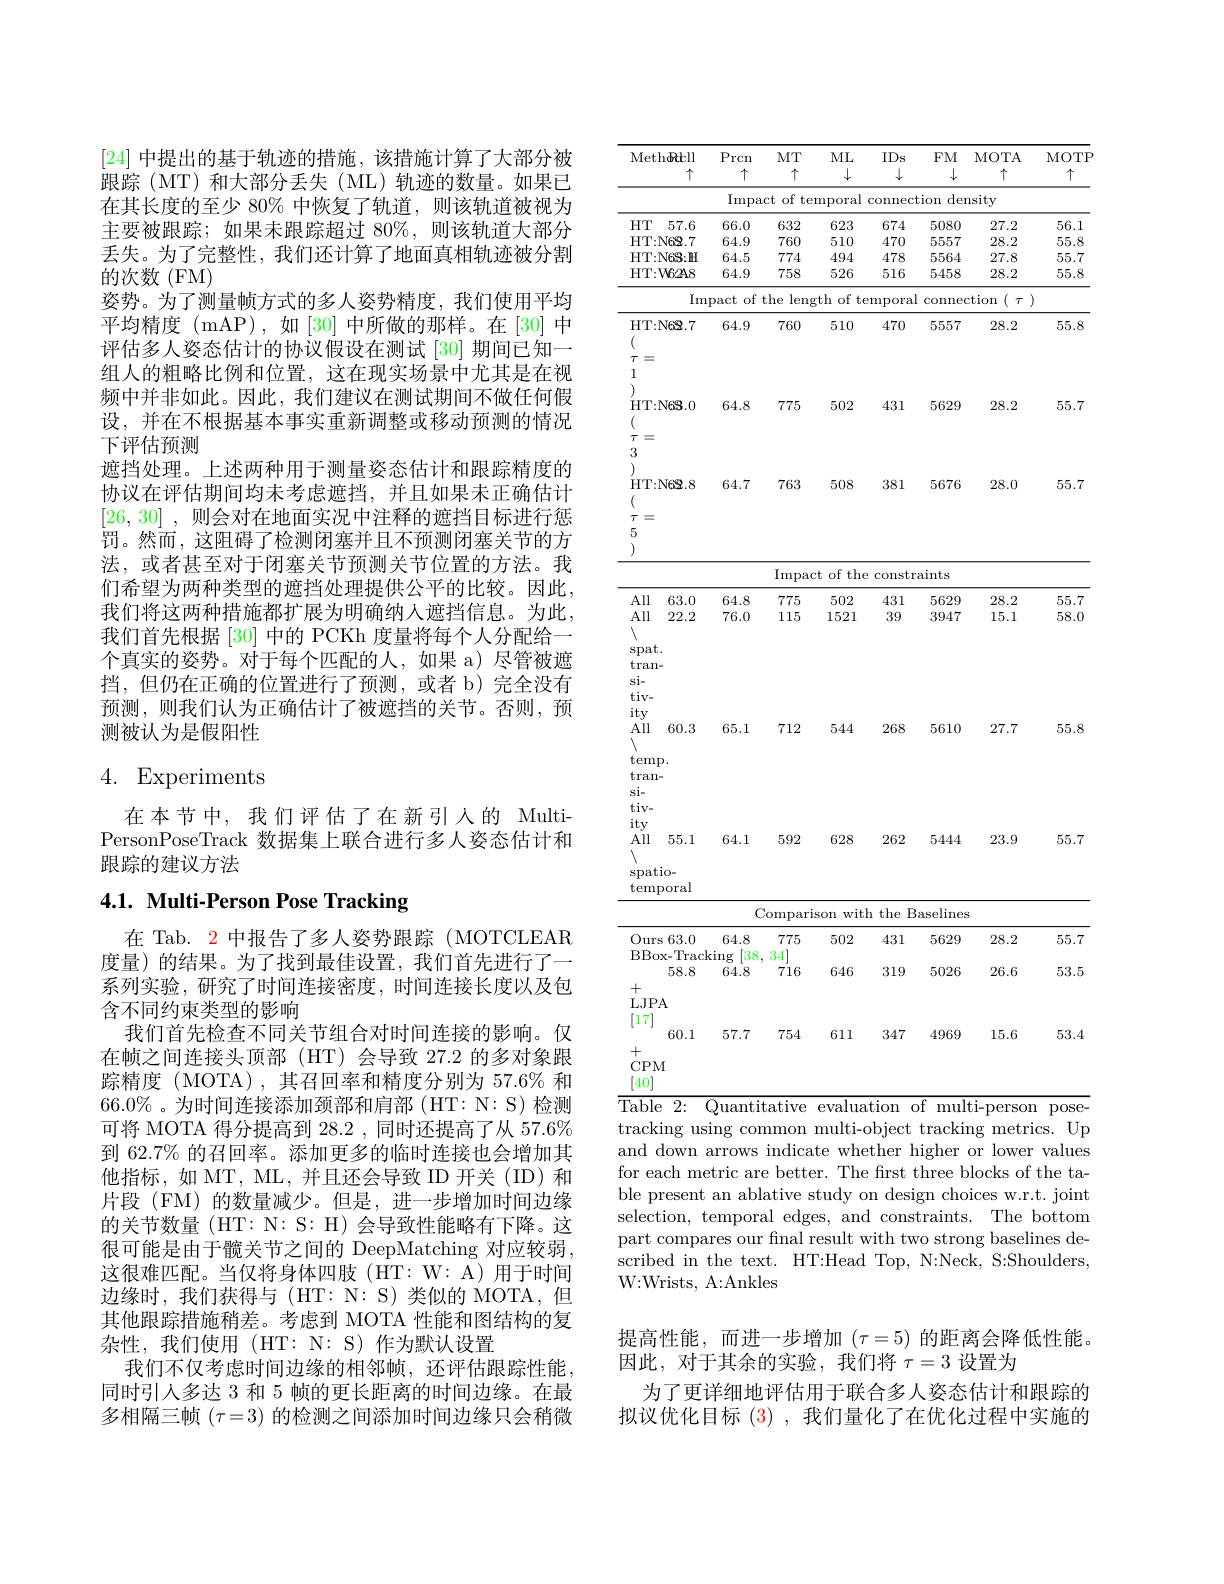
[24]中提出的基于轨迹的措施，该措施计算了大部分被跟踪(MT)和大部分丢失(ML)轨迹的数量。如果已在其长度的至少 80% 中恢复了轨道，则该轨道被视为主要被跟踪；如果未跟踪超过 80%,则该轨道大部分丢失。为了完整性，我们还计算了地面真相轨迹被分割的次数(FM)
姿势。为了测量帧方式的多人姿势精度，我们使用平均平均精度 (mAP),如[30] 中所做的那样。在[30] 中评估多人姿态估计的协议假设在测试 [30] 期间已知一组人的粗略比例和位置，这在现实场景中尤其是在视频中并非如此。因此，我们建议在测试期间不做任何假设，并在不根据基本事实重新调整或移动预测的情况下评估预测
遮挡处理。上述两种用于测量姿态估计和跟踪精度的协议在评估期间均未考虑遮挡，并且如果未正确估计[26,30] , 则会对在地面实况中注释的遮挡目标进行惩罚。然而，这阻碍了检测闭塞并且不预测闭塞关节的方法，或者甚至对于闭塞关节预测关节位置的方法。我们希望为两种类型的遮挡处理提供公平的比较。因此， 我们将这两种措施都扩展为明确纳人遮挡信息。为此， 我们首先根据[30] 中的 PCKh 度量将每个人分配给一个真实的姿势。对于每个匹配的人，如果 a) 尽管被遮挡，但仍在正确的位置进行了预测，或者 b) 完全没有预测，则我们认为正确估计了被遮挡的关节。否则，预测被认为是假阳性

# 4. Experiments

在本节中，我们评估了在新引人的 MultiPersonPoseTrack 数据集上联合进行多人姿态估计和跟踪的建议方法

# 4.1. Multi-Person Pose Tracking

在 Tab. 2 中报告了多人姿势跟踪 (MOTCLEAR 度量)的结果。为了找到最佳设置，我们首先进行了一系列实验，研究了时间连接密度，时间连接长度以及包含不同约束类型的影响
我们首先检查不同关节组合对时间连接的影响。仅在帧之间连接头顶部(HT)会导致 27.2 的多对象跟踪精度(MOTA),其召回率和精度分别为 57.6% 和$66.0\%$。为时间连接添加颈部和肩部(HT: N: S)检测可将 MOTA 得分提高到 28.2 , 同时还提高了从 57.6% 到 62.7% 的召回率。添加更多的临时连接也会增加其他指标，如 MT, ML, 并且还会导致 ID 开关 (ID) 和片段 (FM) 的数量减少。但是，进一步增加时间边缘的关节数量(HT: N: S: H) 会导致性能略有下降。这很可能是由于髋关节之间的 DeepMatching 对应较弱， 这很难匹配。当仅将身体四肢(HT:W:A)用于时间边缘时，我们获得与(HT:N:S)类似的MOTA，但其他跟踪措施稍差。考虑到 MOTA 性能和图结构的复杂性，我们使用(HT:N:S)作为默认设置
我们不仅考虑时间边缘的相邻帧，还评估跟踪性能同时引人多达 3 和 5 帧的更长距离的时间边缘。在最多相隔三帧$(\tau=3)$的检测之间添加时间边缘只会稍微

<table>
	<tbody>
		<tr>
			<th>Meth</th>
			<th>$h\boldsymbol{Rtll}$ $\uparrow$</th>
			<th>$\Pr$rcn $\uparrow$</th>
			<th>$MT$ $\uparrow$</th>
			<th>$ML$ $\downarrow$</th>
			<th>IDs $\downarrow$</th>
			<th>$FM$ $\downarrow$</th>
			<th>MOTA 十</th>
			<th>MOTP $\uparrow$</th>
		</tr>
		<tr>
			<td> </td>
			<td> </td>
			<td>$\operatorname{Impac}$</td>
			<td>of te $f$</td>
			<td>nporal</td>
			<td>connec</td>
			<td>ion der</td>
			<td>$\texttt{sity}$</td>
			<td> </td>
		</tr>
		<tr>
			<td>$HT$</td>
			<td>57.6</td>
			<td>66.0</td>
			<td>632</td>
			<td>623</td>
			<td>674</td>
			<td>5080</td>
			<td>27.2</td>
			<td>56.1</td>
		</tr>
		<tr>
			<td>HT: N</td>
			<td>$N68.7$</td>
			<td>64.9</td>
			<td>760</td>
			<td>510</td>
			<td>470</td>
			<td>5557</td>
			<td>28.2</td>
			<td>55.8</td>
		</tr>
		<tr>
			<td>HT: N</td>
			<td>V6S: H</td>
			<td>64.5</td>
			<td>774</td>
			<td>494</td>
			<td>478</td>
			<td>5564</td>
			<td>27.8</td>
			<td>55.7</td>
		</tr>
		<tr>
			<td>HT: W</td>
			<td>$V62A8$</td>
			<td>64.9</td>
			<td>758</td>
			<td>526</td>
			<td>516</td>
			<td>5458</td>
			<td>28.2</td>
			<td>55.8</td>
		</tr>
		<tr>
			<td> </td>
			<td>Im</td>
			<td>of oact</td>
			<td>$\operatorname{leng}$ $1e$</td>
			<td>th of te 、 </td>
			<td>mporal</td>
			<td>connec</td>
			<td>$\left(\begin{array}{c}{\tau}\end{array}\right)$ tion</td>
			<td> </td>
		</tr>
		<tr>
			<td>$HT:N$ ( $\tau$ = 1</td>
			<td>V69.7</td>
			<td>64.9</td>
			<td></td>
			<td>510</td>
			<td>470</td>
			<td>5557</td>
			<td>28.2</td>
			<td>55.8</td>
		</tr>
		<tr>
			<td>HI:N ( $\tau$ $\frac{100}{100}$ 1 1</td>
			<td>.Vbz.$i$</td>
			<td>$\mathbf{b}4.9$</td>
			<td>$76U$</td>
			<td>510</td>
			<td>4/0</td>
			<td>bbbl</td>
			<td>28.2</td>
			<td>50.8</td>
		</tr>
		<tr>
			<td>$H:\mathbb{N}$ ( $\tau$ $\frac{10}{20}$ 3 )</td>
			<td>.V6S. 0</td>
			<td>64.8</td>
			<td>775</td>
			<td>502</td>
			<td>431</td>
			<td>5629</td>
			<td>28.2</td>
			<td>55.7</td>
		</tr>
		<tr>
			<td> HT: N ( $\tau$ $\frac{100}{100}$ 5 7</td>
			<td>$.V68.8$</td>
			<td>64.7</td>
			<td>763</td>
			<td>508</td>
			<td>381</td>
			<td>5676</td>
			<td>28.0</td>
			<td>55.7</td>
		</tr>
		<tr>
			<td> </td>
			<td> </td>
			<td> </td>
			<td>$\operatorname{Impac}$</td>
			<td>of the $t$ 1 $\sum_{n=1}^{\infty}\frac{n^n}{n^2}$ 1 </td>
			<td>constr</td>
			<td>ints</td>
			<td> </td>
			<td> </td>
		</tr>
		<tr>
			<td> </td>
			<td> </td>
			<td> </td>
			<td>$\operatorname{Impac}$</td>
			<td>of the $t$ - - </td>
			<td>constr</td>
			<td>uints</td>
			<td> </td>
			<td> </td>
		</tr>
		<tr>
			<td> </td>
			<td> </td>
			<td> </td>
			<td>$\operatorname{Impac}$</td>
			<td>t of the</td>
			<td>constr</td>
			<td>ints</td>
			<td> </td>
			<td> </td>
		</tr>
		<tr>
			<td>$\Delta ll$</td>
			<td>62 T</td>
			<td>$6A$ S</td>
			<td>$\operatorname{lmpac}$ 75</td>
			<td> $th\epsilon$ t 7</td>
			<td>constr 21</td>
			<td>alnts</td>
			<td> $r7$</td>
			<td>557</td>
		</tr>
		<tr>
			<td>All 11</td>
			<td>63.0</td>
			<td>64.8</td>
			<td>775 1 1</td>
			<td>502 T</td>
			<td>431</td>
			<td>5629</td>
			<td>28.2</td>
			<td>55.7</td>
		</tr>
		<tr>
			<td>1111 All</td>
			<td>$\mathbf{U}\boldsymbol{U}\cdot\mathbf{U}$ 22.2</td>
			<td>$VT_{i}U$ 76.0</td>
			<td>115</td>
			<td>$0\psi\boldsymbol{\Delta}$ 1521</td>
			<td>201 39</td>
			<td>$0\psi$ 3947</td>
			<td>$\angle O\cdot\angle D$ 15.1</td>
			<td>$UU\cdot I$ 58.0</td>
		</tr>
		<tr>
			<td>All</td>
			<td>22.2</td>
			<td>76.0</td>
			<td>115</td>
			<td>1521</td>
			<td>39</td>
			<td>3947</td>
			<td>15.1</td>
			<td>58.0</td>
		</tr>
		<tr>
			<td>1 1 1</td>
			<td>- 一一</td>
			<td>11010</td>
			<td>1 1</td>
			<td>1</td>
			<td>111</td>
			<td>11</td>
			<td>111</td>
			<td>TTTT</td>
		</tr>
		<tr>
			<td>spat.</td>
			<td> </td>
			<td> </td>
			<td> </td>
			<td> </td>
			<td> </td>
			<td> </td>
			<td> </td>
			<td> </td>
		</tr>
		<tr>
			<td>spat. 十 -</td>
			<td> </td>
			<td> </td>
			<td> </td>
			<td> </td>
			<td> </td>
			<td> </td>
			<td> </td>
			<td> </td>
		</tr>
		<tr>
			<td>ity All 1 temp $\tan-$</td>
			<td>60.3</td>
			<td>65.1</td>
			<td>712</td>
			<td>544</td>
			<td>268</td>
			<td>5610</td>
			<td>27.7</td>
			<td>55.8</td>
		</tr>
		<tr>
			<td>ity All 1 temp $\tan-$</td>
			<td>60.3 1</td>
			<td>65.1</td>
			<td>712</td>
			<td>544</td>
			<td>268</td>
			<td>5610</td>
			<td>27.7</td>
			<td>55.8</td>
		</tr>
		<tr>
			<td>$1ty$ All 1 temp $\tan-$ si- $tiv-$ $\because A$</td>
			<td>60.3</td>
			<td>65.1</td>
			<td>712</td>
			<td>544</td>
			<td>268</td>
			<td>5610</td>
			<td>27.7</td>
			<td>55.8</td>
		</tr>
		<tr>
			<td>All temp $\tan-$ si-</td>
			<td>60.3</td>
			<td>65.1</td>
			<td>712</td>
			<td>544</td>
			<td>268</td>
			<td>5610</td>
			<td>27.7</td>
			<td>55.8</td>
		</tr>
		<tr>
			<td>ity All spatic</td>
			<td>55.1 io-</td>
			<td>64.1</td>
			<td>592</td>
			<td>628</td>
			<td>262</td>
			<td>5444</td>
			<td>23.9</td>
			<td>55.7</td>
		</tr>
		<tr>
			<td>$\operatorname{temp}$</td>
			<td>oral</td>
			<td> </td>
			<td>mnar 1</td>
			<td>wit T</td>
			<td>$t1$ he 1</td>
			<td>$im$ - -</td>
			<td> </td>
			<td> </td>
		</tr>
		<tr>
			<td> </td>
			<td> </td>
			<td>$C.$</td>
			<td>mpari</td>
			<td>wit son</td>
			<td>the $B$</td>
			<td>$\operatorname{aselines}$</td>
			<td> </td>
			<td> </td>
		</tr>
		<tr>
			<td>Ours</td>
			<td>63.0</td>
			<td>64.8</td>
			<td>775</td>
			<td>502</td>
			<td>431</td>
			<td>5629</td>
			<td>28.2</td>
			<td>55.7</td>
		</tr>
		<tr>
			<td>BBox</td>
			<td>$\mathbf{x} -$Track</td>
			<td>38 {:}ing</td>
			<td>34</td>
			<td> </td>
			<td>11</td>
			<td> </td>
			<td> </td>
			<td> </td>
		</tr>
		<tr>
			<td> </td>
			<td>58.8</td>
			<td>64.8</td>
			<td>716</td>
			<td>646</td>
			<td>319</td>
			<td>5026</td>
			<td>26.6</td>
			<td>53.5</td>
		</tr>
		<tr>
			<td>+</td>
			<td>00.0</td>
			<td>04.0</td>
			<td>110</td>
			<td>U4U</td>
			<td>$u\bot v$</td>
			<td>UULU</td>
			<td>$\Delta U.0$</td>
			<td>$UU,U$</td>
		</tr>
		<tr>
			<td>十 $LJPA$</td>
			<td>$A$</td>
			<td> </td>
			<td> </td>
			<td> </td>
			<td> </td>
			<td> </td>
			<td> </td>
			<td> </td>
		</tr>
		<tr>
			<td>111 1-2 L L + $CPM$ 40</td>
			<td>60.1 1</td>
			<td>57.7</td>
			<td>754</td>
			<td>611</td>
			<td>347</td>
			<td>4969</td>
			<td>15.6</td>
			<td>53.4</td>
		</tr>
		<tr>
			<td>${\overline{\text{Table}}}$ $\operatorname{trackin}$ and -1</td>
			<td>2: $\operatorname{ing}$ llSI lown</td>
			<td>${\mathrm{uantit}}$ ng con rrows</td>
			<td>ative mon ndica</td>
			<td>evalua multi- $wh\epsilon$ te</td>
			<td>tion ${\mathrm{bject}}$ ther</td>
			<td>$\textbf{f}$ mult $\operatorname{trackin}$ igher</td>
			<td>ti-persor metri $1g$ lower $0r$</td>
			<td>pose- 1 $Up$ .CS. values</td>
		</tr>
	</tbody>
</table>

for each metric are better. The frst three blocks of the ta-

ble present an ablative study on design choices w.r.t. joint selection, temporal edges, and constraints. The bottom part compares our fnal result with two strong baselines described in the text. HT:Head Top, N:Neck, S:Shoulders, W:Wrists, A:Ankles

提高性能，而进一步增加$(\tau=5)$的距离会降低性能。
因此，对于其余的实验，我们将$\tau=3$设置为
为了更详细地评估用于联合多人姿态估计和跟踪的拟议优化目标(3),我们量化了在优化过程中实施的